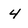
Character: 4